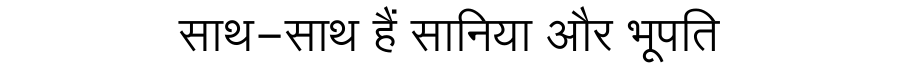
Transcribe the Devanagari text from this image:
साथ-साथ हैं सानिया और भूपति